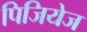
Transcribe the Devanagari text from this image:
पिजियेज